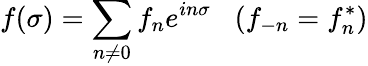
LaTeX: f(\sigma)=\sum_{n\ne 0}f_{n}e^{in\sigma}\; \; \; (f_{-n}=f_{n}^{*})